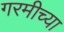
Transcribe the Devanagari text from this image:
गरमीच्या